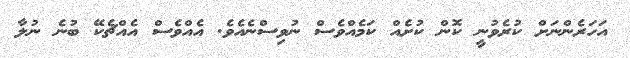
އަހަރެންނަށް ކުރެވުނީ ކޮން ކުށެއް ކަމެއްވެސް ނުވިސްނެއެވެ. އެއްވެސް އެއްޗެކޭ ބުނެ ނުލާ